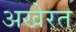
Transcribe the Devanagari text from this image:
अखेरत